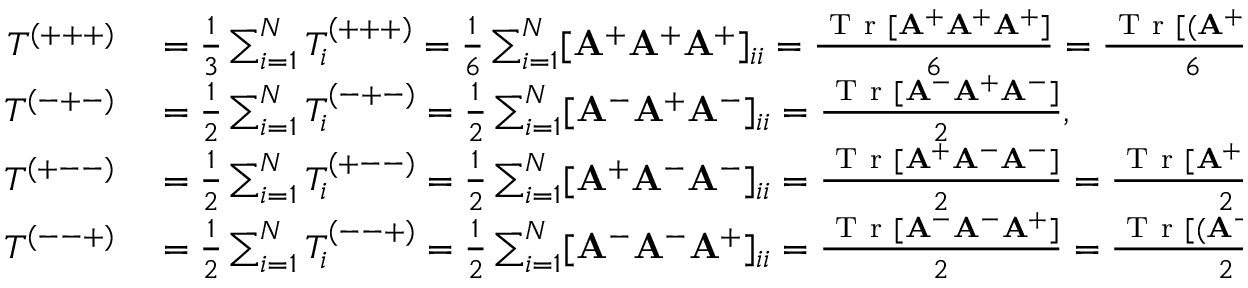
\begin{array} { r l } { T ^ { ( + + + ) } } & { { } = \frac { 1 } { 3 } \sum _ { i = 1 } ^ { N } T _ { i } ^ { ( + + + ) } = \frac { 1 } { 6 } \sum _ { i = 1 } ^ { N } [ \mathbf { A } ^ { + } \mathbf { A } ^ { + } \mathbf { A } ^ { + } ] _ { i i } = \frac { \mathrm { ~ T ~ r ~ } [ \mathbf { A } ^ { + } \mathbf { A } ^ { + } \mathbf { A } ^ { + } ] } { 6 } = \frac { \mathrm { ~ T ~ r ~ } [ ( \mathbf { A } ^ { + } ) ^ { 3 } ] } { 6 } , } \\ { T ^ { ( - + - ) } } & { { } = \frac { 1 } { 2 } \sum _ { i = 1 } ^ { N } T _ { i } ^ { ( - + - ) } = \frac { 1 } { 2 } \sum _ { i = 1 } ^ { N } [ \mathbf { A } ^ { - } \mathbf { A } ^ { + } \mathbf { A } ^ { - } ] _ { i i } = \frac { \mathrm { ~ T ~ r ~ } [ \mathbf { A } ^ { - } \mathbf { A } ^ { + } \mathbf { A } ^ { - } ] } { 2 } , } \\ { T ^ { ( + -- ) } } & { { } = \frac { 1 } { 2 } \sum _ { i = 1 } ^ { N } T _ { i } ^ { ( + -- ) } = \frac { 1 } { 2 } \sum _ { i = 1 } ^ { N } [ \mathbf { A } ^ { + } \mathbf A ^ { - } \mathbf { A } ^ { - } ] _ { i i } = \frac { \mathrm { ~ T ~ r ~ } [ \mathbf { A } ^ { + } \mathbf { A } ^ { - } \mathbf { A } ^ { - } ] } { 2 } = \frac { \mathrm { ~ T ~ r ~ } [ \mathbf { A } ^ { + } ( \mathbf { A } ^ { - } ) ^ { 2 } ] } { 2 } , } \\ { T ^ { ( -- + ) } } & { { } = \frac { 1 } { 2 } \sum _ { i = 1 } ^ { N } T _ { i } ^ { ( -- + ) } = \frac { 1 } { 2 } \sum _ { i = 1 } ^ { N } [ \mathbf { A } ^ { - } \mathbf { A } ^ { - } \mathbf { A } ^ { + } ] _ { i i } = \frac { \mathrm { ~ T ~ r ~ } [ \mathbf { A } ^ { - } \mathbf A ^ { - } \mathbf { A } ^ { + } ] } { 2 } = \frac { \mathrm { ~ T ~ r ~ } [ ( \mathbf { A } ^ { - } ) ^ { 2 } \mathbf { A } ^ { + } ] } { 2 } ; } \end{array}